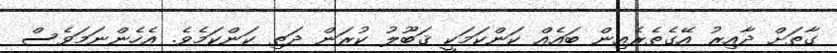
ގާތަށް ދާއިރު އޭގެތެރެއިން ބައެއް ކަންކަމަކީ ޤަބޫލު ކުރަން ދަތި ކަންކަމެވެ. އެހެންނަމަވެސް